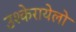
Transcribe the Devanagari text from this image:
उश्केरायेलो